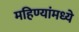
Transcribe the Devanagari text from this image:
महिण्यांमध्ये